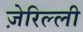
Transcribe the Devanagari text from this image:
ज़ेरिल्ली